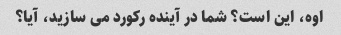
اوه، این است؟ شما در آینده رکورد می سازید، آیا؟